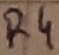
Text: R4